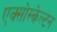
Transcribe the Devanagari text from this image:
एक्सोस्केल्टन